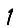
Digit: 1